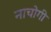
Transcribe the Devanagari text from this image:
नाचोगी